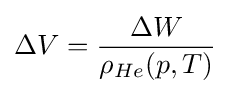
\Delta V={\frac {\Delta W}{\rho _{He}(p,T)}}